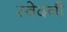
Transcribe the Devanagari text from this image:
स्वेदनी